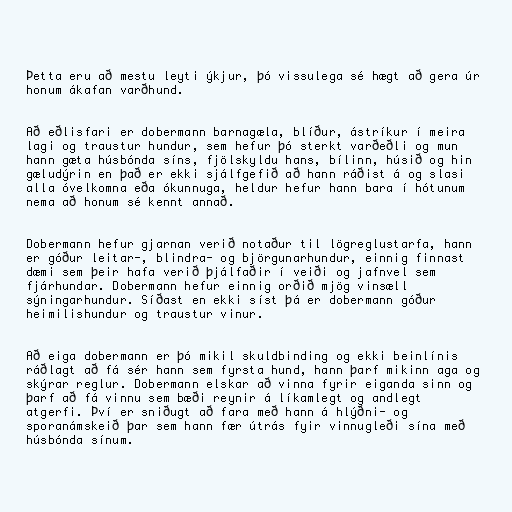
Þetta eru að mestu leyti ýkjur, þó vissulega sé hægt að gera úr
honum ákafan varðhund.

Að eðlisfari er dobermann barnagæla, blíður, ástríkur í meira
lagi og traustur hundur, sem hefur þó sterkt varðeðli og mun
hann gæta húsbónda síns, fjölskyldu hans, bílinn, húsið og hin
gæludýrin en það er ekki sjálfgefið að hann ráðist á og slasi
alla óvelkomna eða ókunnuga, heldur hefur hann bara í hótunum
nema að honum sé kennt annað.

Dobermann hefur gjarnan verið notaður til lögreglustarfa, hann
er góður leitar-, blindra- og björgunarhundur, einnig finnast
dæmi sem þeir hafa verið þjálfaðir í veiði og jafnvel sem
fjárhundar. Dobermann hefur einnig orðið mjög vinsæll
sýningarhundur. Síðast en ekki síst þá er dobermann góður
heimilishundur og traustur vinur.

Að eiga dobermann er þó mikil skuldbinding og ekki beinlínis
ráðlagt að fá sér hann sem fyrsta hund, hann þarf mikinn aga og
skýrar reglur. Dobermann elskar að vinna fyrir eiganda sinn og
þarf að fá vinnu sem bæði reynir á líkamlegt og andlegt
atgerfi. Því er sniðugt að fara með hann á hlýðni- og
sporanámskeið þar sem hann fær útrás fyir vinnugleði sína með
húsbónda sínum.